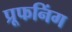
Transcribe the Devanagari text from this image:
प्रूफनिंग